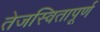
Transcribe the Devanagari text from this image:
तेजस्वितापूर्ण